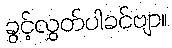
ခွင့်လွှတ်ပါခင်ဗျာ။